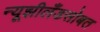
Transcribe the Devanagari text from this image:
न्यूझीलँडसोबत